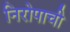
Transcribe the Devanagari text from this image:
निरोपाची